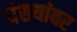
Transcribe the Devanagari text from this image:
पंख्यांवर